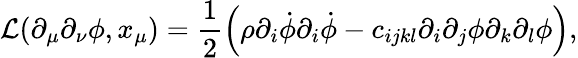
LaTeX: \mathcal{L}(\partial_{\mu}\partial_{\nu}\phi,x_{\mu})=\frac 12\left(\rho\partial_{i}\dot{\phi}\partial_{i}\dot{\phi}-c_{ijkl}\partial_{i}\partial_{j}\phi\partial_{k}\partial_{l}\phi\right),